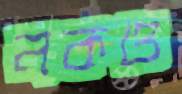
নকও